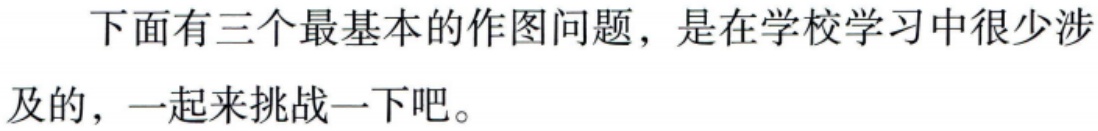
下面有三个最基本的作图问题，是在学校学习中很少涉及的，一起来挑战一下吧。